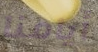
أيامنا